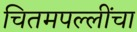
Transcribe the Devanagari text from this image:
चितमपल्लींचा